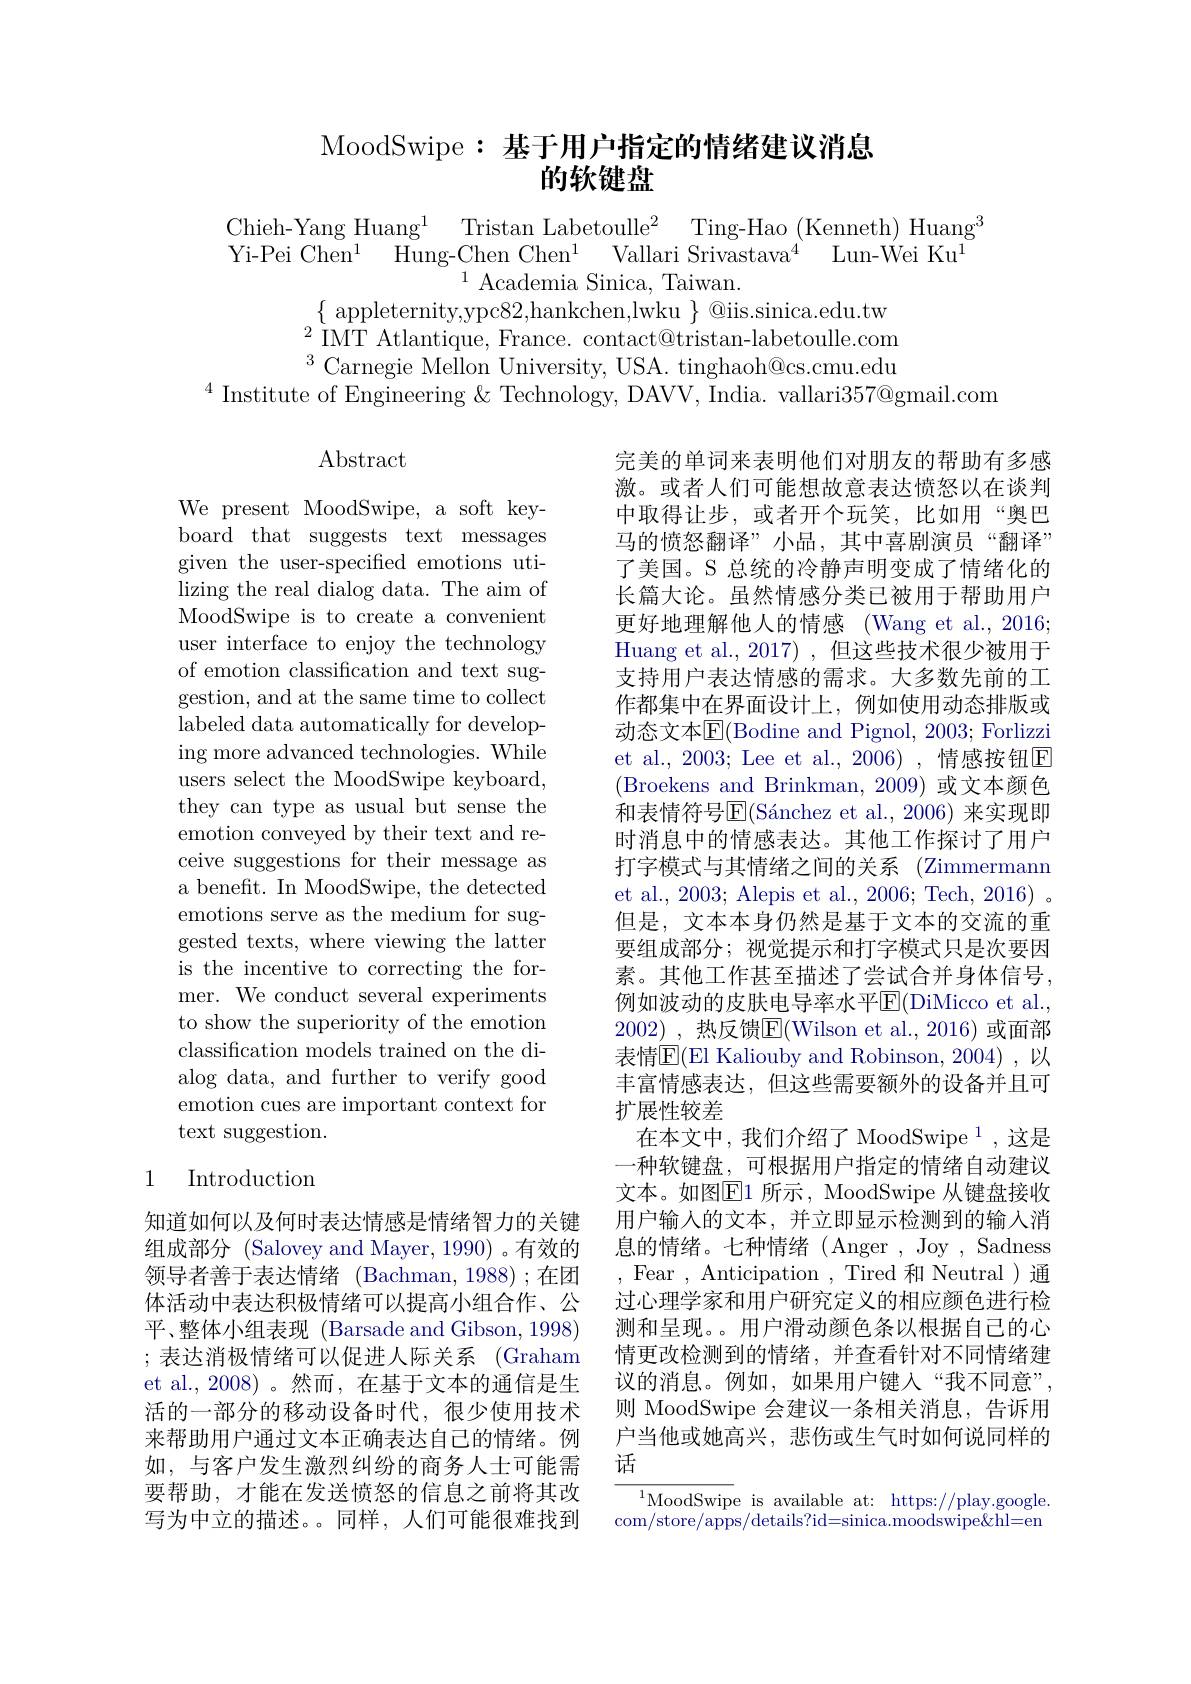
# MoodSwipe: 基于用户指定的情绪建议消息的软键盘

$\begin{array}{c}{\mathrm{hieh-Yang~Huang}^{1}}&{\mathrm{Tristan~Labetoulle}^{2}}&{\mathrm{Ting-Hao~(Kenneth)~Huang}^{3}}\\{\mathrm{7i-Pei~Chen}^{1}}&{\mathrm{Hung-Chen~Chen}^{1}}&{\mathrm{Vallari~Srivastava}^{4}}&{\mathrm{Lun-Wei~Ku}^{1}}\end{array}$
$^{1}$Academia Sinica, Taiwan.
$\{$ appleternity, ypc82, hankchen, lwku $\} @$iis.sinica.edu.tw

$^{2}$IIMT Atlantique, France. contact@tristan-labetoulle.com $^{3}$Carnegie Mellon University, USA. tinghaoh@cs.cmu.edu
$^4$ Institute of Engineering & Technology, DAVV, India. vallari$357@$gmail.com

$\operatorname{Abstract}$

We present MoodSwipe, a soft keyboard that suggests text messages given the user-specified emotions utilizing the real dialog data. The aim of MoodSwipe is to create a convenient user interface to enjoy the technology of emotion classification and text suggestion, and at the same time to collect labeled data automatically for developing more advanced technologies. While users select the MoodSwipe keyboard, they can type as usual but sense the emotion conveyed by their text and receive suggestions for their message as a benefit. In MoodSwipe, the detected emotions serve as the medium for suggested texts, where viewing the latter is the incentive to correcting the former. We conduct several experiments to show the superiority of the emotion classification models trained on the dialog data, and further to verify good emotion cues are important context for text suggestion.

完美的单词来表明他们对朋友的帮助有多感激。或者人们可能想故意表达愤怒以在谈判中取得让步，或者开个玩笑，比如用“奥巴马的愤怒翻译”小品，其中喜剧演员“翻译” 了美国。S 总统的冷静声明变成了情绪化的长篇大论。虽然情感分类已被用于帮助用户更好地理解他人的情感(Wang et al., 2016; Huang et al., 2017) , 但这些技术很少被用于支持用户表达情感的需求。大多数先前的工作都集中在界面设计上，例如使用动态排版或动态文本$\overline{\mathrm{E}}($Bodine and Pignol, 2003; Forlizzi et al., 2003; Lee et al., 2006) ,情感按钮E (Broekens and Brinkman,2009)或文本颜色和表情符号$\overline {\mathrm{E} }( \text{S\' {a}nchezetal. , 2006) 来 实 现 即 }$ 时消息中的情感表达。其他工作探讨了用户打字模式与其情绪之间的关系 (Zimmermann et al., 2003; Alepis et al., 2006; Tech, 2016) 。但是，文本本身仍然是基于文本的交流的重要组成部分；视觉提示和打字模式只是次要因素。其他工作甚至描述了尝试合并身体信号， 例如波动的皮肤电导率水平E(DiMicco et al., 2002) ,热反馈$\overline{\mathrm{E}}($Wilson et al.,2016)或面部表情$\overline{\mathrm{E}}($El Kaliouby and Robinson, 2004) , 以丰富情感表达，但这些需要额外的设备并且可扩展性较差
在本文中，我们介绍了 MoodSwipe$^1$,这是一种软键盘，可根据用户指定的情绪自动建议文本。如图E1 所示，MoodSwipe 从键盘接收用户输入的文本，并立即显示检测到的输入消息的情绪。七种情绪(Anger,Joy,Sadness ,Fear,Anticipation,Tired 和Neutral)通过心理学家和用户研究定义的相应颜色进行检测和呈现。用户滑动颜色条以根据自己的心情更改检测到的情绪，并查看针对不同情绪建议的消息。例如，如果用户键入“我不同意”, 则 MoodSwipe 会建议一条相关消息，告诉用户当他或她高兴，悲伤或生气时如何说同样的话
${^{1}\mathrm{MoodSwipe~is~available~at:~https://play.google.}}$

### 1 Introduction

知道如何以及何时表达情感是情绪智力的关键组成部分 (Salovey and Mayer, 1990) 。有效的领导者善于表达情绪 (Bachman,1988);在团体活动中表达积极情绪可以提高小组合作、公平、整体小组表现 (Barsade and Gibson, 1998) ;表达消极情绪可以促进人际关系(Graham et al.,2008)。然而，在基于文本的通信是生活的一部分的移动设备时代，很少使用技术来帮助用户通过文本正确表达自己的情绪。例如，与客户发生激烈纠纷的商务人士可能需要帮助，才能在发送愤怒的信息之前将其改写为中立的描述。同样，人们可能很难找到

com/store/apps/details?id=sinica.moodswipe&hl=en